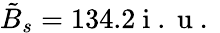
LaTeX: \tilde{B}_{s}=134.2\mathrm{~i~.~u~.~}